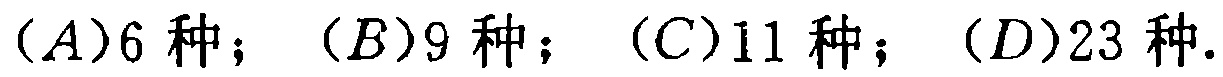
$(A)6\text{ 种}；(B)9\text{ 种}；(C)11\text{ 种}；(D)23\text{ 种}.$